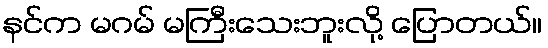
နင်က မဂမ် မကြီးသေးဘူးလို့ ပြောတယ်။